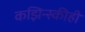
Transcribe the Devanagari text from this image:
कझिन्स्कीही